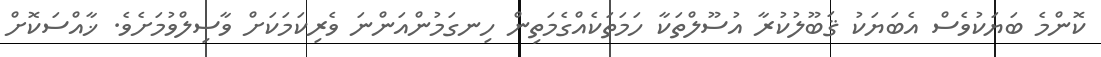
ކޮންމެ ބަޔަކުވެސް އެބަޔަކު ޤަބޫލުކުރާ އުސޫލްތަކާ ހަމަތަކެއްގެމަތިން ހިނގަމުންއަންނަ ވެރިކަމަކަށް ވާސިލްވުމަށެވެ. ޚާއްސަކޮށް